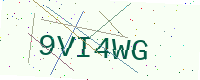
Text: 9VI4WG